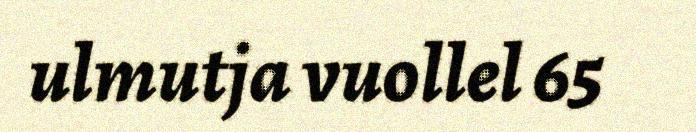
ulmutja vuollel 65